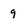
Character: g